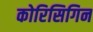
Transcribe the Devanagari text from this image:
कोरिसिगिन